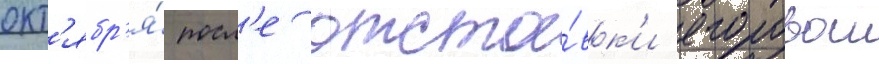
окт'ябр'я́ посл'е отста́вк'и егоровои